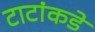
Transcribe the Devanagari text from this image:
टाटांकडे